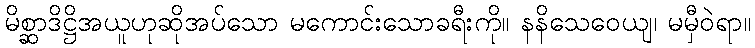
မိစ္ဆာဒိဋ္ဌိအယူဟုဆိုအပ်သော မကောင်းသောခရီးကို။ နနိသေဝေယျ၊ မမှီဝဲရာ။